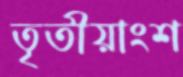
তৃতীয়াংশ